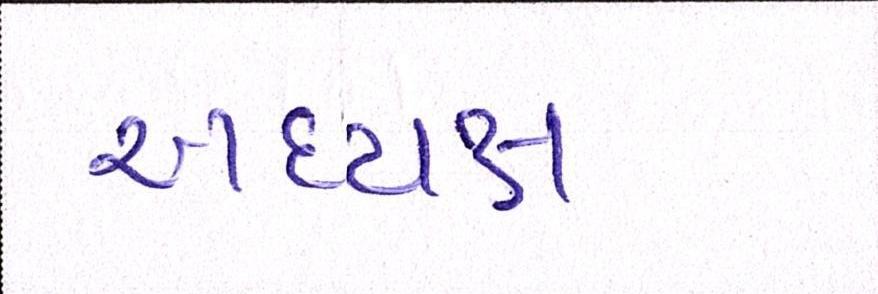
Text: અધ્યક્ષ